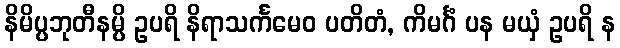
နိမိပ္ပဘုတီနမ္ပိ ဥပရိ နိရာသင်္ကမေဝ ပတိတံ, ကိမင်္ဂံ ပန မယှံ ဥပရိ န